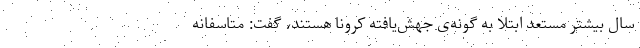
سال بیشتر مستعد ابتلا به گونه‌ی جهش‌یافته کرونا هستند، گفت: متاسفانه